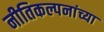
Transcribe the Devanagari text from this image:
नीतिकल्पनांच्या